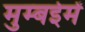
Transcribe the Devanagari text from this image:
मुम्बईमें